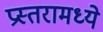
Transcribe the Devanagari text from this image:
प्रस्तरामध्ये